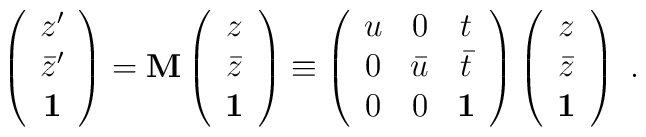
\left( \begin{array}{c}z^\prime \\\bar z^\prime \\\bf 1\end{array} \right) ={\bf M}\left( \begin{array}{c}z \\\bar z \\\bf 1\end{array} \right) \equiv\left( \begin{array}{ccc}u & 0 & t \\0 & \bar u & \bar t \\0 & 0 & {\bf 1}\end{array} \right)\left( \begin{array}{c}z \\\bar z \\\bf 1\end{array} \right)                   \ .